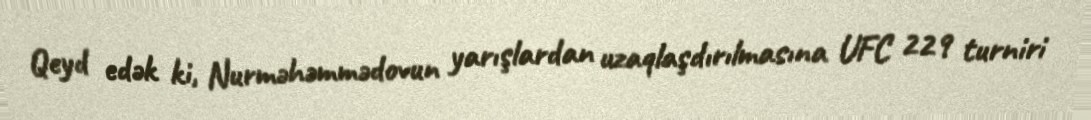
Qeyd edək ki, Nurməhəmmədovun yarışlardan uzaqlaşdırılmasına UFC 229 turniri